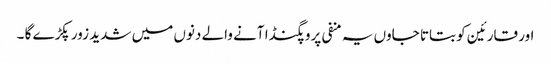
اور قارئین کو بتاتا جاوں یہ منفی پروپگنڈا آنے والے دنوں میں شدید زور پکڑے گا ۔